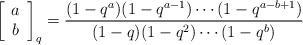
LaTeX: \begin{align*}\left[\begin{array}{c}a\\ b\end{array}\right]_q=\frac{(1-q^a)(1-q^{a-1})\cdots (1-q^{a-b+1})}{(1-q)(1-q^2)\cdots(1-q^b)}\end{align*}